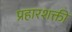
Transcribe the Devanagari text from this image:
प्रहारशक्ती